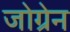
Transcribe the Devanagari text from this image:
जोग्रेन